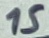
Text: 15